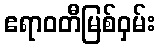
ဧရာဝတီမြစ်ဝှမ်း